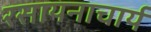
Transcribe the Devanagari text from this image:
रसायनाचार्य